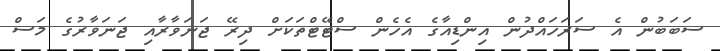
ސަބަބުން އެ ސަރަހައްދުން އިންޑިއާގެ އެހެން ސްޓޭޓްތަކަށް ދިރޭ ޖަނަވާރާއި ޖަނަވާރުގެ މަސް